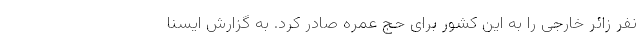
نفر زائر خارجی را به این کشور برای حج عمره صادر کرد. به گزارش ایسنا